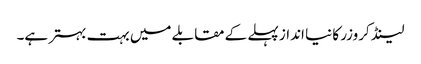
لینڈ کروزر کا نیا انداز پہلے کے مقابلے میں بہت بہتر ہے۔